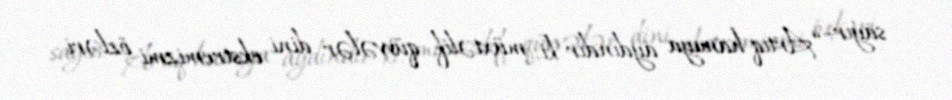
sayır: “Artıq hamıya aydındır ki, müxtəlif qüvvələr dini ekstremizmi özləri